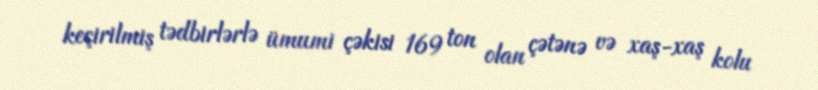
keçirilmiş tədbirlərlə ümumi çəkisi 169 ton olan çətənə və xaş-xaş kolu